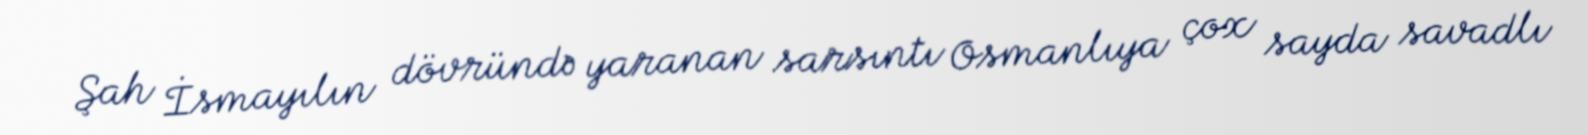
Şah İsmayılın dövründə yaranan sarsıntı Osmanlıya çox sayda savadlı